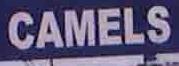
camels